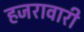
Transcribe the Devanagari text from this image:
हजरावारी